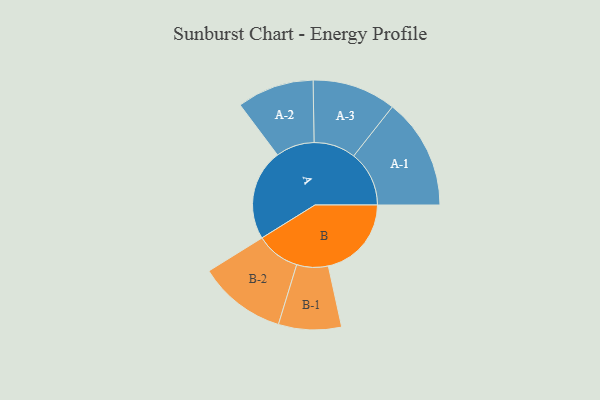
{"axis": {"x": "Segment", "y": "Value"}, "legend": ["", "A", "B"], "data": [{"x": "A", "y": 463, "type": ""}, {"x": "B", "y": 423, "type": ""}, {"x": "A-1", "y": 282, "type": "A"}, {"x": "A-2", "y": 196, "type": "A"}, {"x": "A-3", "y": 213, "type": "A"}, {"x": "B-1", "y": 160, "type": "B"}, {"x": "B-2", "y": 224, "type": "B"}]}